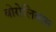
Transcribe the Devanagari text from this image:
बोरोलियास